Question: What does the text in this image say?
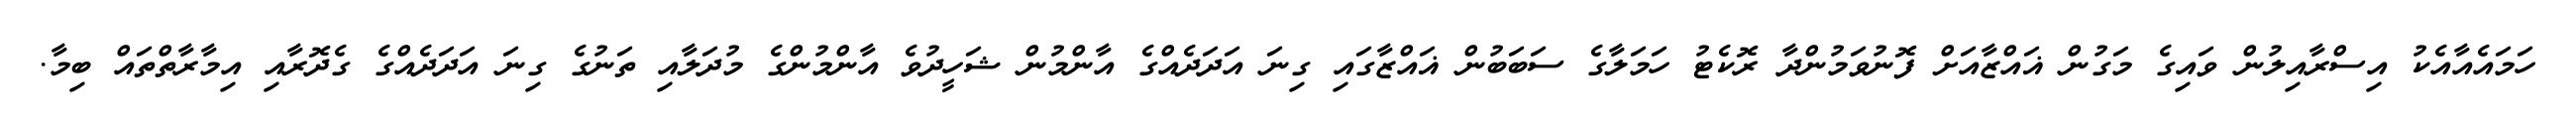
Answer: ހަމައެއާއެކު އިސްރާއިލުން ވައިގެ މަގުން ޣައްޒާއަށް ފޮނުވަމުންދާ ރޮކެޓު ހަމަލާގެ ސަބަބުން ޣައްޒާގައި ގިނަ އަދަދެއްގެ އާންމުން ޝަހީދުވެ އާންމުންގެ މުދަލާއި ތަނުގެ ގިނަ އަދަދެއްގެ ގެދޮރާއި އިމާރާތްތައް ބިމާ.